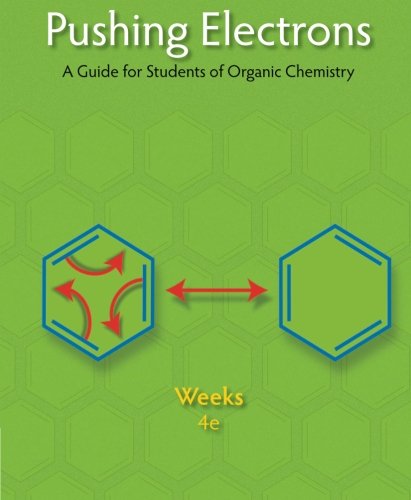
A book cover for Pushing Electrons; Daniel P. Weeks; Science & Math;